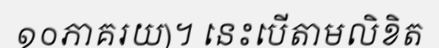
១០ភាគរយ)។ នេះបើតាមលិខិត